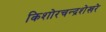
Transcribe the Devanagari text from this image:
किशोरचन्द्रशेखरे